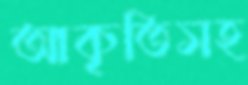
আকৃতিসহ